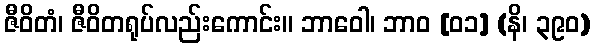
ဇီဝိတံ၊ ဇီဝိတရုပ်လည်းကောင်း။ ဘာဝေါ၊ ဘာဝ [၀၁] (နိ၊ ၃၉၀)